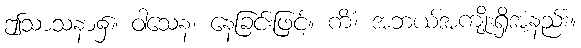
ဤသာသနာ၌။ ဝါသေန၊ နေခြင်းဖြင့်။ ကိံ၊ အဘယ်အကျိုးရှိအံ့နည်း။